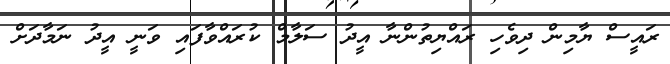
ރައީސް ޔާމިން ދިވެހި ރައްޔިތުންނާ އީދު ސަލާމް ކުރައްވާފައި ވަނީ އީދު ނަމާދަށް